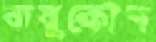
বায়ুকোণ